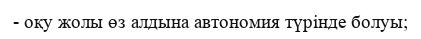
- оқу жолы өз алдына автономия түрінде болуы;